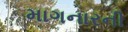
માગનારની